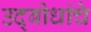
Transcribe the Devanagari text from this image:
उद्बोधांचे